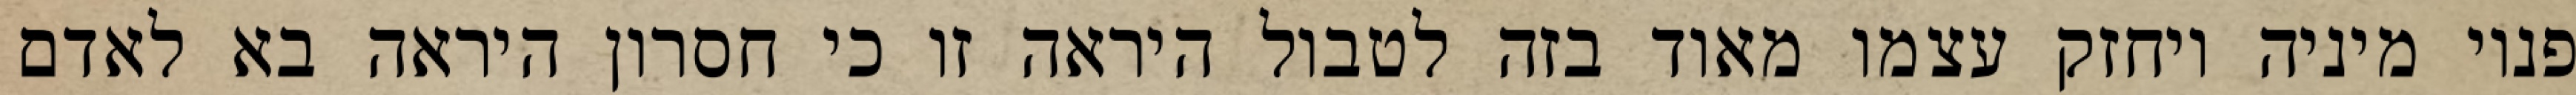
פנוי מיניה ויחזק עצמו מאוד בזה לטבול היראה זו כי חסרון היראה בא לאדם